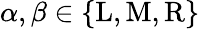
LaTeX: \alpha,\beta\in\{ \mathrm{L},\mathrm{M},\mathrm{R}\}